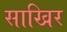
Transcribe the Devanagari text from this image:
साखिर